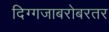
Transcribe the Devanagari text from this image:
दिग्गजाबरोबरतर